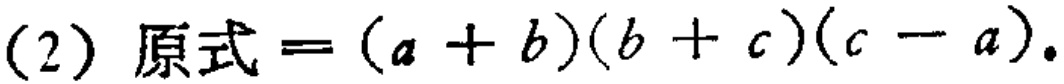
(2) 原式\(=(a + b)(b + c)(c - a)\).